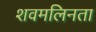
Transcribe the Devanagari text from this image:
शवमलिनता